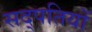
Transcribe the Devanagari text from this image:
सद्पतियों